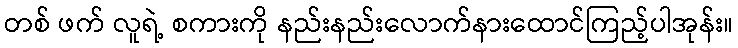
တစ် ဖက် လူရဲ့ စကားကို နည်းနည်းလောက်နားထောင်ကြည့်ပါအုန်း။